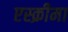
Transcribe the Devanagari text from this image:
एस्क्रीमा